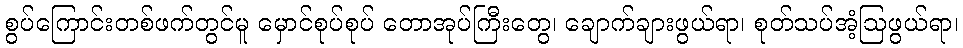
စွပ်ကြောင်းတစ်ဖက်တွင်မူ မှောင်စုပ်စုပ် တောအုပ်ကြီးတွေ၊ ချောက်ချားဖွယ်ရာ၊ စုတ်သပ်အံ့ဩဖွယ်ရာ၊